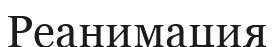
Реанимация